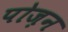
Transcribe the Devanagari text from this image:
पोज़न